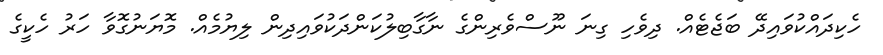
ހެކިދައްކުވައިދޭ ބަޖެޓެއް. ދިވެހި ގިނަ ނޫސްވެރިންގެ ނާގާބިލުކަންދަކުވައިދިން ލިޔުމެއް. މޮޔަނުގޮވާ ހަރު ހެކީގެ